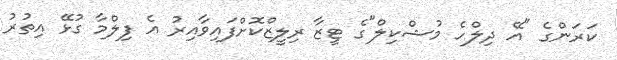
ކަރަންގެ "އޭ ދިލްހެ މުޝްކިލް"ގެ ޓީޒާ ރިލީޒްކޮށްފައިވާއިރު އެ ފިލްމާ ގުޅޭ އިތުރު